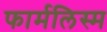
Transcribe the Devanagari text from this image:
फार्मलिस्म